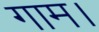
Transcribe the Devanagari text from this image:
गाम।